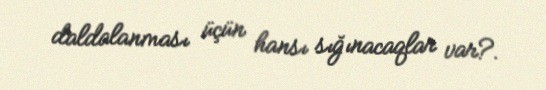
daldalanması üçün hansı sığınacaqlar var?.